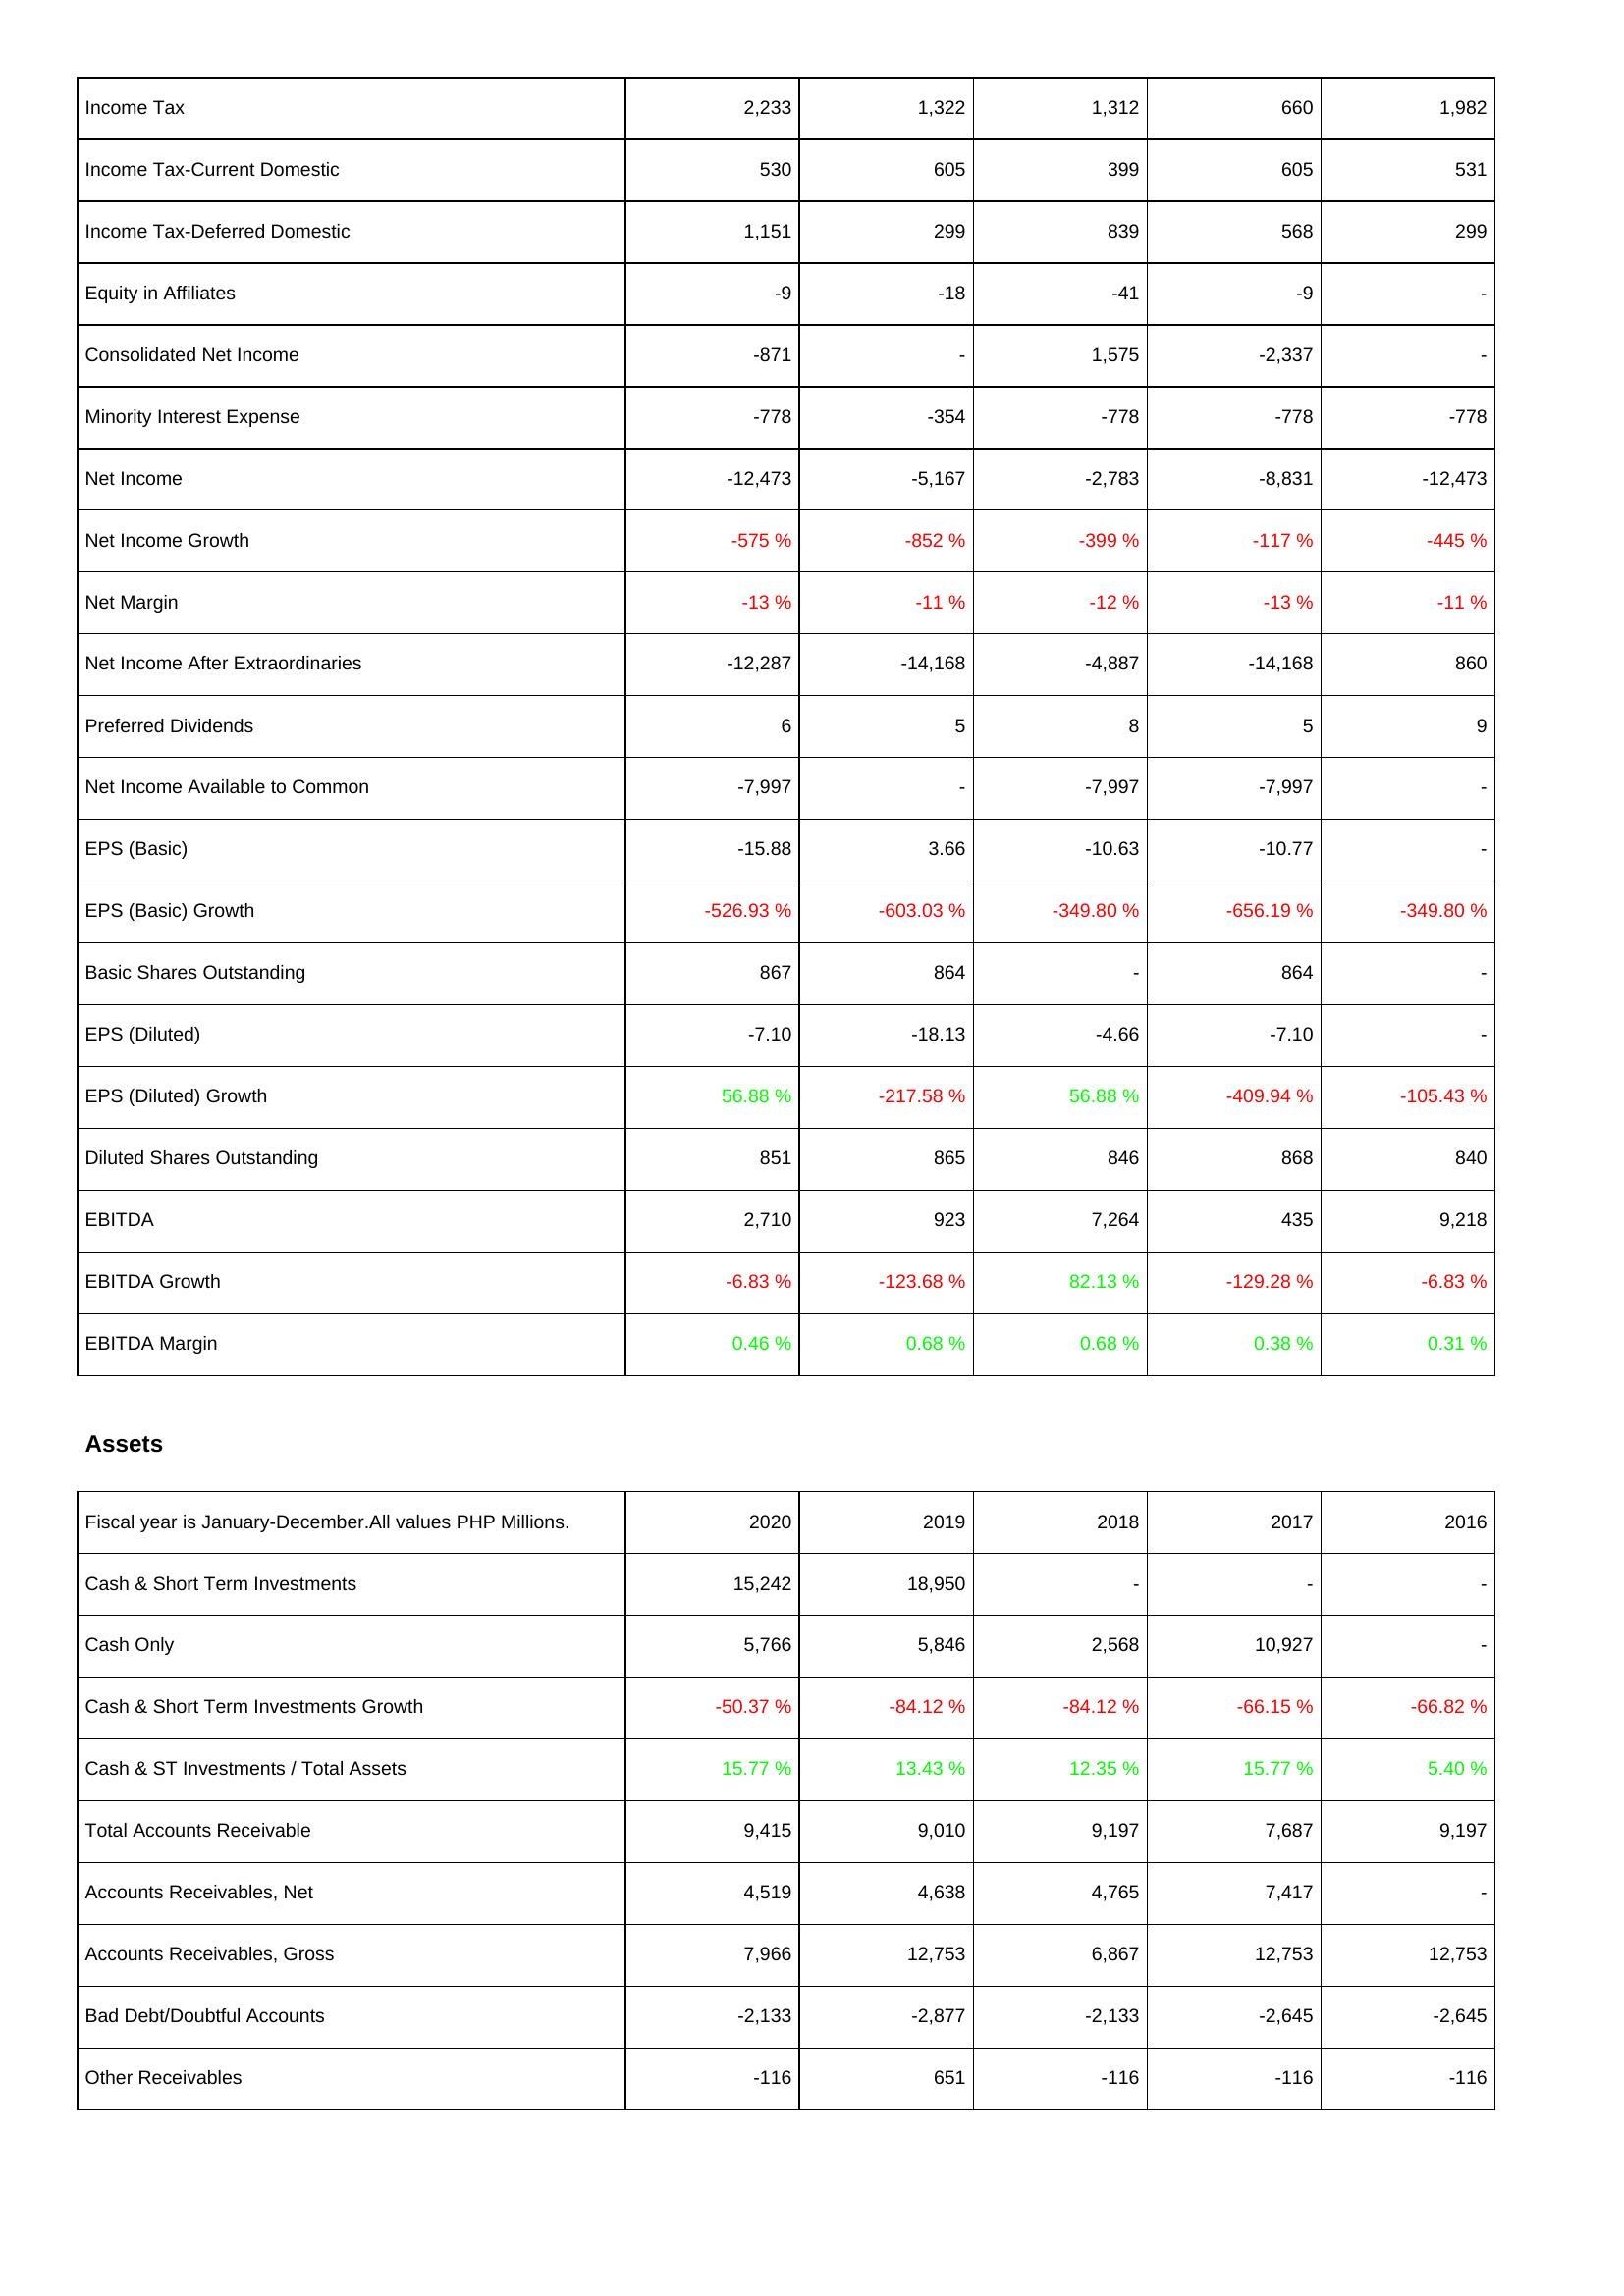
2020: Income Statement: Income Tax: 2,233
Income Tax-Current Domestic: 530
Income Tax-Deferred Domestic: 1,151
Equity in Affiliates: -9
Consolidated Net Income: -871
Minority Interest Expense: -778
Net Income: -12,473
Net Income Growth: -575 %
Net Margin: -13 %
Net Income After Extraordinaries: -12,287
Preferred Dividends: 6
Net Income Available to Common: -7,997
EPS (Basic): -15.88
EPS (Basic) Growth: -526.93 %
Basic Shares Outstanding: 867
EPS (Diluted): -7.10
EPS (Diluted) Growth: 56.88 %
Diluted Shares Outstanding: 851
EBITDA: 2,710
EBITDA Growth: -6.83 %
EBITDA Margin: 0.46 %
Assets: Cash & Short Term Investments: 15,242
Cash Only: 5,766
Cash & Short Term Investments Growth: -50.37 %
Cash & ST Investments / Total Assets: 15.77 %
Total Accounts Receivable: 9,415
Accounts Receivables, Net: 4,519
Accounts Receivables, Gross: 7,966
Bad Debt/Doubtful Accounts: -2,133
Other Receivables: -116
2019: Income Statement: Income Tax: 1,322
Income Tax-Current Domestic: 605
Income Tax-Deferred Domestic: 299
Equity in Affiliates: -18
Consolidated Net Income: -
Minority Interest Expense: -354
Net Income: -5,167
Net Income Growth: -852 %
Net Margin: -11 %
Net Income After Extraordinaries: -14,168
Preferred Dividends: 5
Net Income Available to Common: -
EPS (Basic): 3.66
EPS (Basic) Growth: -603.03 %
Basic Shares Outstanding: 864
EPS (Diluted): -18.13
EPS (Diluted) Growth: -217.58 %
Diluted Shares Outstanding: 865
EBITDA: 923
EBITDA Growth: -123.68 %
EBITDA Margin: 0.68 %
Assets: Cash & Short Term Investments: 18,950
Cash Only: 5,846
Cash & Short Term Investments Growth: -84.12 %
Cash & ST Investments / Total Assets: 13.43 %
Total Accounts Receivable: 9,010
Accounts Receivables, Net: 4,638
Accounts Receivables, Gross: 12,753
Bad Debt/Doubtful Accounts: -2,877
Other Receivables: 651
2018: Income Statement: Income Tax: 1,312
Income Tax-Current Domestic: 399
Income Tax-Deferred Domestic: 839
Equity in Affiliates: -41
Consolidated Net Income: 1,575
Minority Interest Expense: -778
Net Income: -2,783
Net Income Growth: -399 %
Net Margin: -12 %
Net Income After Extraordinaries: -4,887
Preferred Dividends: 8
Net Income Available to Common: -7,997
EPS (Basic): -10.63
EPS (Basic) Growth: -349.80 %
Basic Shares Outstanding: -
EPS (Diluted): -4.66
EPS (Diluted) Growth: 56.88 %
Diluted Shares Outstanding: 846
EBITDA: 7,264
EBITDA Growth: 82.13 %
EBITDA Margin: 0.68 %
Assets: Cash & Short Term Investments: -
Cash Only: 2,568
Cash & Short Term Investments Growth: -84.12 %
Cash & ST Investments / Total Assets: 12.35 %
Total Accounts Receivable: 9,197
Accounts Receivables, Net: 4,765
Accounts Receivables, Gross: 6,867
Bad Debt/Doubtful Accounts: -2,133
Other Receivables: -116
2017: Income Statement: Income Tax: 660
Income Tax-Current Domestic: 605
Income Tax-Deferred Domestic: 568
Equity in Affiliates: -9
Consolidated Net Income: -2,337
Minority Interest Expense: -778
Net Income: -8,831
Net Income Growth: -117 %
Net Margin: -13 %
Net Income After Extraordinaries: -14,168
Preferred Dividends: 5
Net Income Available to Common: -7,997
EPS (Basic): -10.77
EPS (Basic) Growth: -656.19 %
Basic Shares Outstanding: 864
EPS (Diluted): -7.10
EPS (Diluted) Growth: -409.94 %
Diluted Shares Outstanding: 868
EBITDA: 435
EBITDA Growth: -129.28 %
EBITDA Margin: 0.38 %
Assets: Cash & Short Term Investments: -
Cash Only: 10,927
Cash & Short Term Investments Growth: -66.15 %
Cash & ST Investments / Total Assets: 15.77 %
Total Accounts Receivable: 7,687
Accounts Receivables, Net: 7,417
Accounts Receivables, Gross: 12,753
Bad Debt/Doubtful Accounts: -2,645
Other Receivables: -116
2016: Income Statement: Income Tax: 1,982
Income Tax-Current Domestic: 531
Income Tax-Deferred Domestic: 299
Equity in Affiliates: -
Consolidated Net Income: -
Minority Interest Expense: -778
Net Income: -12,473
Net Income Growth: -445 %
Net Margin: -11 %
Net Income After Extraordinaries: 860
Preferred Dividends: 9
Net Income Available to Common: -
EPS (Basic): -
EPS (Basic) Growth: -349.80 %
Basic Shares Outstanding: -
EPS (Diluted): -
EPS (Diluted) Growth: -105.43 %
Diluted Shares Outstanding: 840
EBITDA: 9,218
EBITDA Growth: -6.83 %
EBITDA Margin: 0.31 %
Assets: Cash & Short Term Investments: -
Cash Only: -
Cash & Short Term Investments Growth: -66.82 %
Cash & ST Investments / Total Assets: 5.40 %
Total Accounts Receivable: 9,197
Accounts Receivables, Net: -
Accounts Receivables, Gross: 12,753
Bad Debt/Doubtful Accounts: -2,645
Other Receivables: -116